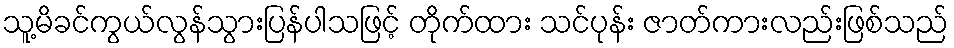
သူ့မိခင်ကွယ်လွန်သွားပြန်ပါသဖြင့် တိုက်ထား သင်ပုန်း ဇာတ်ကားလည်းဖြစ်သည်